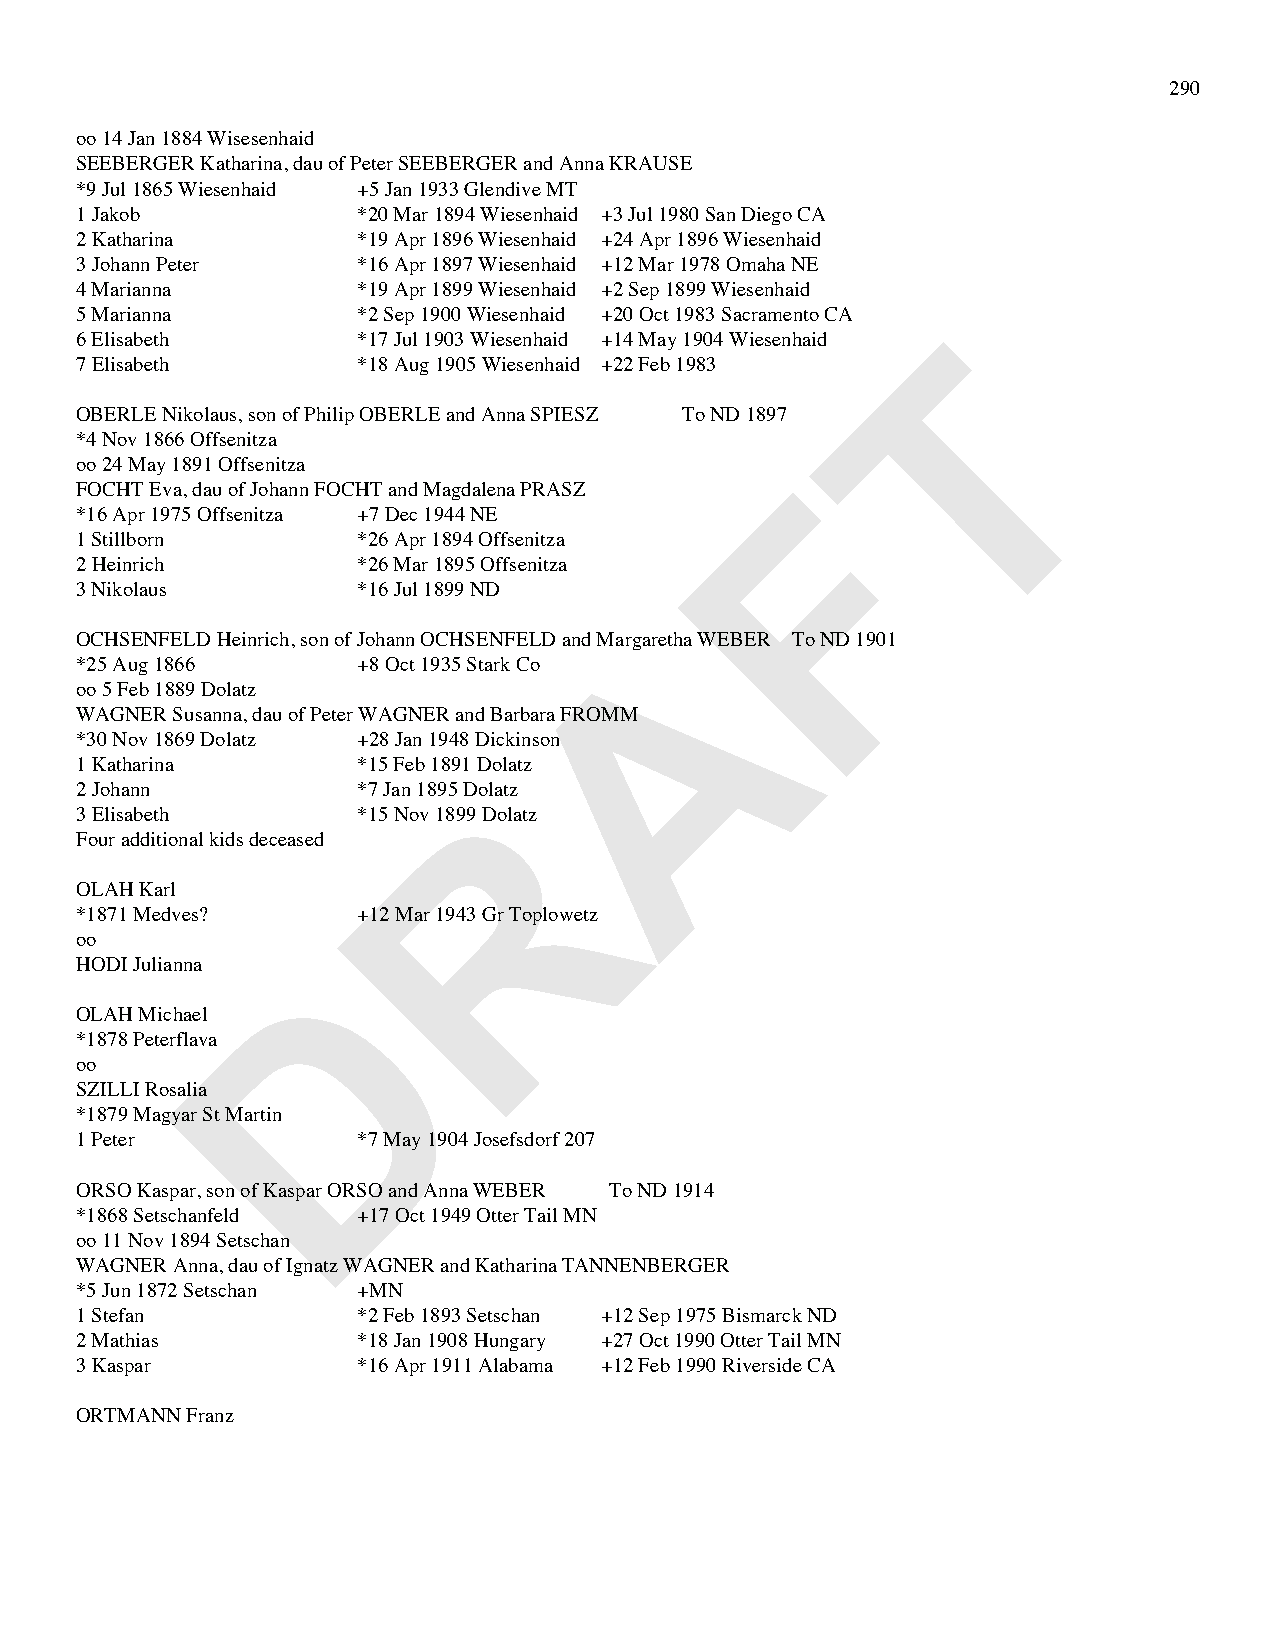
290
 oo 14 Jan 1884 Wisesenhaid
 SEEBERGER Katharina, dau of Peter SEEBERGER and Anna KRAUSE
 *9 Jul 1865 Wiesenhaid +5 Jan 1933 Glendive MT
 1 Jakob            *20 Mar 1894 Wiesenhaid +3 Jul 1980 San Diego CA
 2 Katharina        *19 Apr 1896 Wiesenhaid +24 Apr 1896 Wiesenhaid
 3 Johann Peter     *16 Apr 1897 Wiesenhaid +12 Mar 1978 Omaha NE
 4 Marianna         *19 Apr 1899 Wiesenhaid +2 Sep 1899 Wiesenhaid
 5 Marianna         *2 Sep 1900 Wiesenhaid +20 Oct 1983 Sacramento CA
 T
 6 Elisabeth        *17 Jul 1903 Wiesenhaid +14 May 1904 Wiesenhaid
 7 Elisabeth        *18 Aug 1905 Wiesenhaid +22 Feb 1983
 OBERLE Nikolaus, son of Philip OBERLE and Anna SPIESZ To ND 1897
 *4 Nov 1866 Offsenitza
 oo 24 May 1891 Offsenitza                      F
 FOCHT Eva, dau of Johann FOCHT and Magdalena PRASZ
 *16 Apr 1975 Offsenitza +7 Dec 1944 NE
 1 Stillborn        *26 Apr 1894 Offsenitza
 2 Heinrich         *26 Mar 1895 Offsenitza
 3 Nikolaus         *16 Jul 1899 ND
 A
 OCHSENFELD Heinrich, son of Johann OCHSENFELD and Margaretha WEBER To ND 1901
 *25 Aug 1866       +8 Oct 1935 Stark Co
 oo 5 Feb 1889 Dolatz
 WAGNER Susanna, dau of Peter WAGNER and Barbara FROMM
 *30 Nov 1869 Dolatz +28 Jan 1948 Dickinson
 1 Katharina        *15 Feb 1891 Dolatz
 R
 2 Johann           *7 Jan 1895 Dolatz
 3 Elisabeth        *15 Nov 1899 Dolatz
 Four additional kids deceased
 OLAH Karl
 *1871 Medves?      +12 Mar 1943 Gr Toplowetz
 oo
 D
 HODI Julianna
 OLAH Michael
 *1878 Peterflava
 oo
 SZILLI Rosalia
 *1879 Magyar St Martin
 1 Peter            *7 May 1904 Josefsdorf 207
 ORSO Kaspar, son of Kaspar ORSO and Anna WEBER To ND 1914
 *1868 Setschanfeld +17 Oct 1949 Otter Tail MN
 oo 11 Nov 1894 Setschan
 WAGNER Anna, dau of Ignatz WAGNER and Katharina TANNENBERGER
 *5 Jun 1872 Setschan +MN
 1 Stefan           *2 Feb 1893 Setschan +12 Sep 1975 Bismarck ND
 2 Mathias          *18 Jan 1908 Hungary +27 Oct 1990 Otter Tail MN
 3 Kaspar           *16 Apr 1911 Alabama +12 Feb 1990 Riverside CA
 ORTMANN Franz